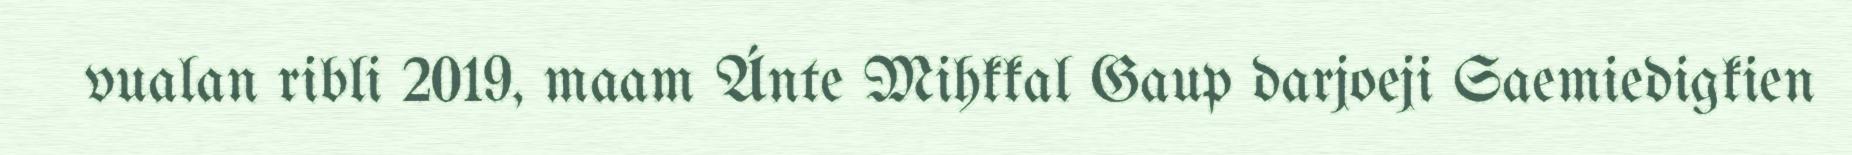
vualan ribli 2019, maam Ánte Mihkkal Gaup darjoeji Saemiedigkien